Annual statistical returns and brief notes on vaccination in Bengal - 1896-1909
Year: 1896
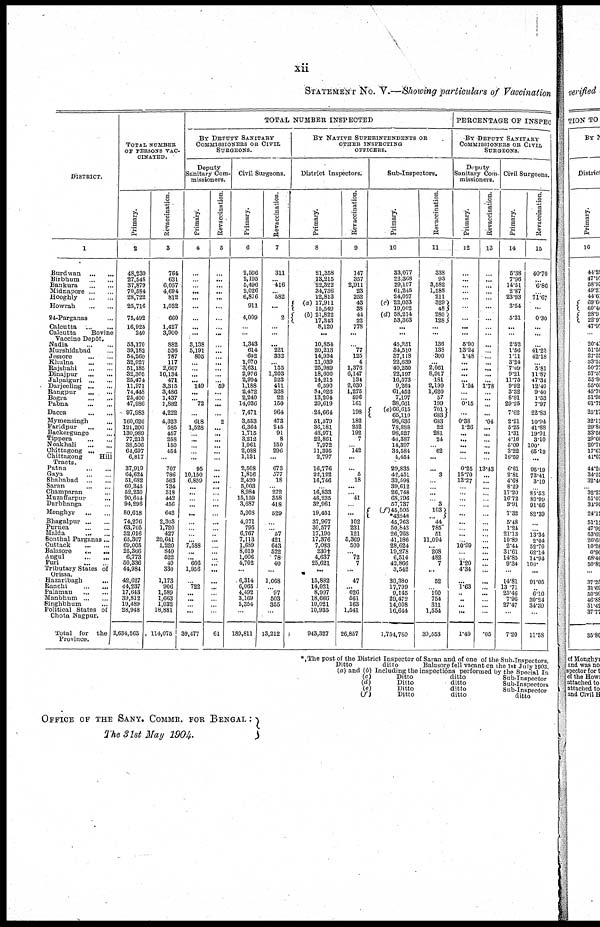
xii
STATEMENT No. V.—Showing particulars of Vaccination
DISTRICT.
1
Burdwan
...
...
Birbhum
...
...
Bankura
...
...
Midnapore ... ...
Hooghly
...
...
Howrah
...
...
24-Parganas ...
Calcutta
...
...
Calcutta
Bovine
Vaccine Depôt.
Nadia
...
...
Murshidabad ...
Jessore
...
...
Khulna ... ...
Rajshahi
...
...
Dinajpur ...
Jalpaiguri
...
...
Darjeeling
...
...
Rangpur
...
...
Bogra
...
...
Pabna
...
...
Dacca
...
...
Mymensingh ...
Faridpur
...
...
Backergunge ...
Tippera ... ...
Noakhali
...
...
Chittagong ... ...
Chittagong
Hill
Tracts.
Patna
...
...
Gaya
...
...
Shahabad
...
...
Saran
...
...
Champaran ...
Muzaffarpur
...
Darbhanga ...
Monghyr
...
...
Bhagalpur ... ...
Purnea
...
...
Malda
...
...
Sonthal Parganas...
Cuttack
...
...
Balosore
...
...
Angul
...
...
Puri
...
...
Tributary States of
Orissa.
Hazaribagh
...
Ranchi
...
...
Palamau
...
...
Manbhum
...
...
Singhbhum ...
Political States of
Chota Nagpur.
Total for the
Province.
TOTAL NUMBER
OF PERSONS VAC-
CINATED.
Primary.
2
48,230
27,548
37,879
70,584
28,722
25,716
75,492
16,925
240
58,170
39,182
54,260
32,927
51,185
32,305
25,474
11,971
74,448
25,400
47,986
97,983
160,626
121,206
130,989
77,213
38,506
64,697
6,817
37,919
64,624
51,682
60,345
52,230
90,644
94,296
80,618
74,276
63,705
32,016
65,307
69,005
25,366
6,773
50,336
44,984
42,627
44,237
17,643
39,812
19,489
28,948
2,634,563
Revaccination.
3
764
631
6,057
4,694
812
1,032
660
1,427
3,900
882
536
787
117
2,667
10,134
471
3,315
3,486
1,437
1,882
4,222
4,323
585
457
258
150
454
...
707
786
563
734
318
442
456
642
2,303
1,720
427
20,641
1,220
840
522
40
330
1,173
906
1,589
1,663
1,032
18,881
114,075
TOTAL NUMBER INSPECTED
BY DEPUTY SANITARY
COMMISSIONERS OR CIVIL
SURGEONS.
Deputy
Sanitary Com-
missioners.
primary.
4
...
...
...
...
...
...
...
...
...
3,138
5,191
805
...
...
...
... 149
...
...
72
...
618
1,528
...
...
...
...
...
95
10,150
6,859
...
...
...
...
...
...
...
...
...
7,588
...
... 606
1,956
...
722
...
...
...
...
39,477
Revaccination.
5
...
...
... ...
...
...
...
...
...
...
...
...
...
... ...
... 59
...
...
...
...
2
...
...
...
...
...
...
...
...
...
...
...
...
...
...
...
...
...
...
...
...
...
...
...
...
...
...
...
...
...
61
Civil Surgeons.
Primary.
6
2,596
2,195
5,496
2,026
6,876
911
4,009
...
...
1,343
614
602
1,070
3,631
2,976
2,994
1,188
2,472
2,240
14,036
Revaccination.
7
311
...
416
... 582
...
2
...
...
... 221
332
... 155
1,203
223
411
328
22
150
7,471
964
3,553
6,364
1,715
3,212
1,961
2,088
1,131
2,508
1,816
2,420
5,003
8,984
15,159
3,687
5,908
4,071
795
6,767
7,113
1,689
8,019
1,006
4,702
...
6,314
6,065
4,492
3,169
5,354
...
189,811
473
245
91
8
150
296
...
673
577
18
...
272
358
418
529
...
...
57
421
643
522
78
40
...
1,068
...
97
503
355
...
13,212
BY NATIVE SUPERINTENDENTS OF
OTHER INSPECTING
OFFICERS.
District Inspectors.
Primary.
8
21,358
13,215
22,322
34,736
12,813
(a) 17,911
15,549
(b) 21,822
17,343
8,120
...
10,854
20,213
14,934
11,039
25,989
18,600
14,215
6,590
34,026
13,204
29,619
24,664
51,579
36,181
43,971
22,861
7,972
11,395
2,797
16,776
22,122
16,746
...
16,833
48,235
32,961
19,451
37,967
30,577
17,190
17,376
7,038
230†
4,637
25,621
...
15,882
14,021
8,997
18,666
10,021
10,935
943,327
Revaccination.
9
147
357
2,911
23
252
43
38
44
22
778
...
...
77
125
4
1,376
6,147
134
2,030
1,275
596
161
198
182
252
192
7
...
142
...
... 5
18
...
... 41
...
...
102
231
121
5,369
500
...
72
7
...
47
... 626
561
163
1,541
26,857
Sub-Inspectors.
Primary.
10
33,077
22,368
29,107
61,245
24,027
(c) 22,033
19,002
(d) 58,214
53,363
...
...
45,251
34,510
37,118
22,639
40,250
22,197
16,573
9,264
61,452
7,197
38,661
(e) 66,615
65,110
98,636
78,888
98,527
48,387
14,397
34,584
4,454
29,835
42,451
33,598
39,612
26,748
68,796
57,737
(f) 45,505
*43248
45,763
50,843
26,763
41,186
28,624
19,278
6,514
42,866
3,542
30,380
17,799
9,145
29,472
14,008
16,644
1,754,780
Revaccination.
11
338
93
3,582
1,588
211
329
48
280
128
...
...
136
138
300
...
2,061
8,917
181
2,199
1,620
57
199
701
683
683
22
281
24
...
62
...
... 3
...
...
...
...
3
103
44
785
51
11,094
... 208
482
7
...
52
...
100
754
311
1,564
39,553
PERCENTAGE OF INSPEC
BY DEPUTY SANITARY
COMMISSIONERS OR CIVIL
SURGEONS.
Deputy
Sanitary Com-
missioners.
Primary.
12
...
...
...
...
...
...
...
...
...
5.90
13.24
1.48
...
...
...
... 1.24
...
...
0.15
...
0.38
1.26
...
...
...
...
...
0.25
15.70
13.27
...
...
...
...
...
...
...
...
...
10.99
...
...
1.20
4.34
... 1.63
... ...
...
...
1.49
Revaccination.
13
...
...
...
...
...
...
...
...
...
...
...
...
...
...
...
...
1.78
...
...
...
...
.04
...
...
...
...
...
...
13.43
...
...
...
...
...
...
...
...
...
...
...
...
...
...
...
...
...
...
...
...
...
...
.05
Civil Surgeons.
Primary.
14
5.38
7.96
14.51
2.87
23.93
3.54
5.31
...
...
2.52
1.56
1.11
3.24
7.09
9.21
11.75
9.92
332
8.81
29.25
7.62
2.21
5.25
1.31
4.16
5.09
3.22
16.59
6.61
2.81
4.63
8.29
17.20
16.72
3.91
7.32
5.48
1.24
21.13
10.89
2.41
31.61
14.85
9.34
...
14.81
13.71
25.46
7.96
27.47
...
7.20
Revaccination.
15
40.70
... 6.86
...
71.67
...
0.30
...
...
...
41.23
42.18
5.81
11.87
47.34
12.40
9.40
1.53
7.97
22.83
10.94
41.88
19.91
3.10
100.
65.19
...
95.19
73.41
3.19
...
85.53
80.99
91.66
82.39
...
...
13.34
2.04
52.70
62.14
14.94
100.
...
91.05
...
6.10
30.24
34.39
...
11.58
* The post of the District Inspector of Saran and of one of the Sub-Inspectors,
Ditto
ditto
Balasore fell vacant on the 1st July1903.
(a) and (b) Including the inspections performed by the Special In
(c)
Ditto
ditto
Sub-Inspector
(d)
Ditto
ditto
Sub-Inspectors
(e)
Ditto
ditto
Sub-Inspector
(f)
Ditto
ditto
ditto
OFFICE OF THE SANY. COMMR. FOR BENGAL :
The 31st May 1904.